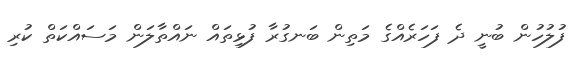
ފުލުހުން ބުނީ ދެ ފަހަރެއްގެ މަތިން ބަނގުރާ ފުޅިތައް ނައްތާލަން މަސައްކަތް ކުރި